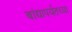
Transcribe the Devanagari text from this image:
बांद्यापर्यंतच्या